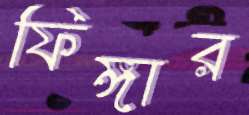
ফিঙ্গার